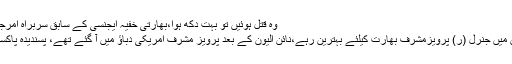
وہ قتل ہوئیں تو بہت دکھ ہوا،بھارتی خفیہ ایجنسی کے سابق سربراہ امرجیت سنگھ دولت کے انکشافات
پاکستان کے تمام فوجی آمروں میں جنرل (ر) پرویزمشرف بھارت کیلئے بہترین رہے،نائن الیون کے بعد پرویز مشرف امریکی دباؤ میں آ گئے تھے، پسندیدہ پاکستانی رہنما بےنظیر بھٹو تھیں۔